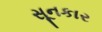
સૂનકાર